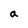
Character: a